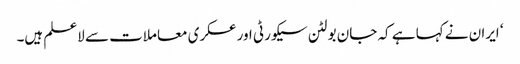
‘ ایران نے کہا ہے کہ جان بولٹن سیکورٹی اور عسکری معاملات سے لاعلم ہیں۔